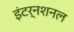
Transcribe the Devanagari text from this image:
इंटर्नशनल